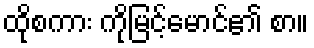
ထိုစကား ကိုမြင့်မောင်၏ စာ။